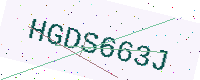
Text: HGDS663J